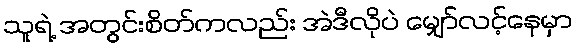
သူရဲ့ အတွင်းစိတ်ကလည်း အဲဒီလိုပဲ မျှော်လင့်နေမှာ